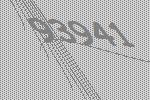
93941